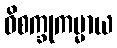
ဝိစက္ခုကမ္မာယ